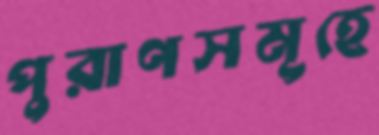
পুরাণসমূহে